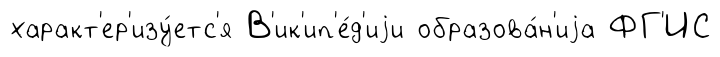
характ'ер'изу́етс'я В'ик'ип'е́д'иjи образова́н'иjа ФГ'ИС